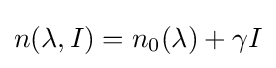
{\textstyle n(\lambda ,I)=n_{0}(\lambda )+\gamma I}